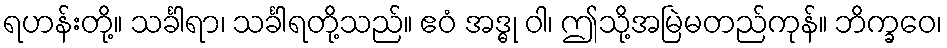
ရဟန်းတို့။ သင်္ခါရာ၊ သင်္ခါရတို့သည်။ ဧဝံ အဒ္ဓု ဝါ၊ ဤသို့အမြဲမတည်ကုန်။ ဘိက္ခဝေ၊